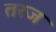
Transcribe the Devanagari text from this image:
तरज